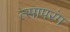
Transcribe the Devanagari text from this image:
त्सापरंग